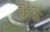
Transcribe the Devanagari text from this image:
कैके